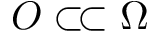
O \subset \joinrel \subset \Omega